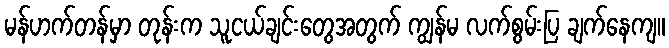
မန်ဟက်တန်မှာ တုန်းက သူငယ်ချင်းတွေအတွက် ကျွန်မ လက်စွမ်းပြ ချက်နေကျ။